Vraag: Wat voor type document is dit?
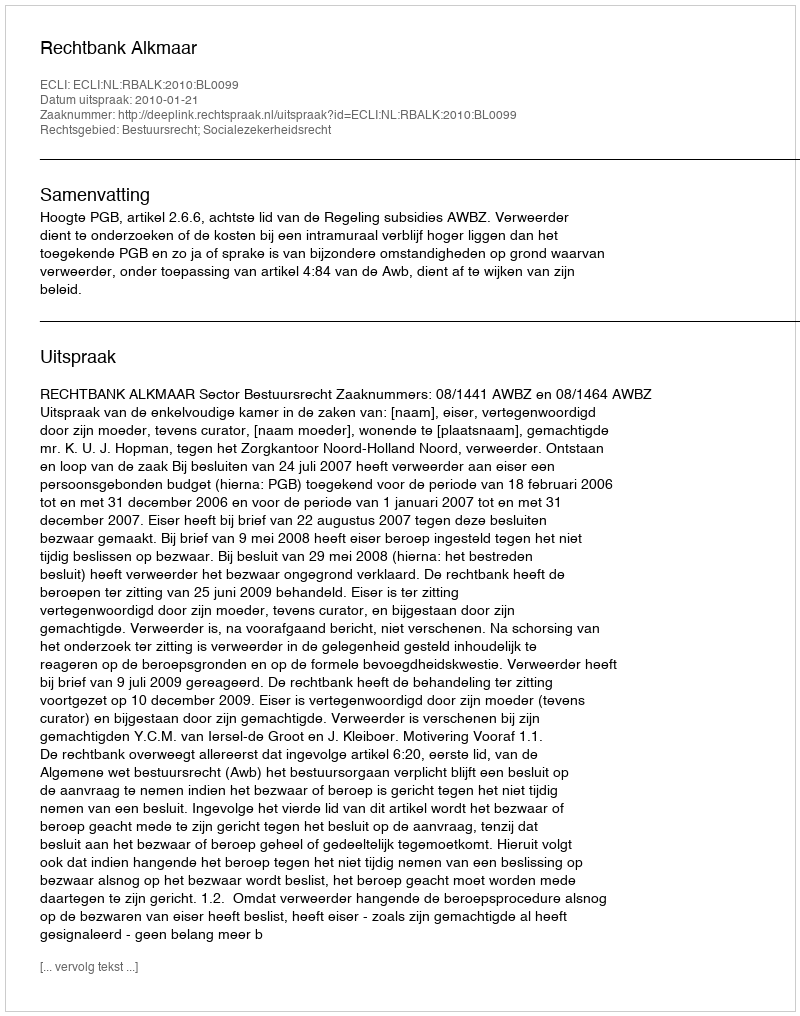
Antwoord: Uitspraak